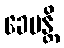
ခေမန္တိ